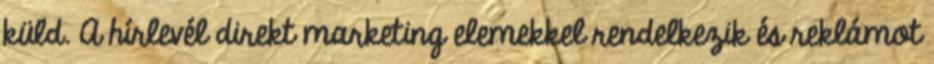
küld. A hírlevél direkt marketing elemekkel rendelkezik és reklámot